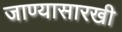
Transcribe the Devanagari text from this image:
जाण्यासारखी